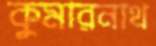
কুমারনাথ